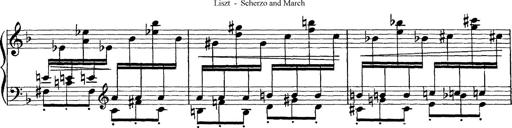
Title: Scherzo und Marsch
Composer: Franz Liszt